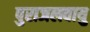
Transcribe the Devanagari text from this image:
पुराजलवायु